Tezpur Lunatic Asylum reports 1877-1894 - 1877-1894
Year: 1877
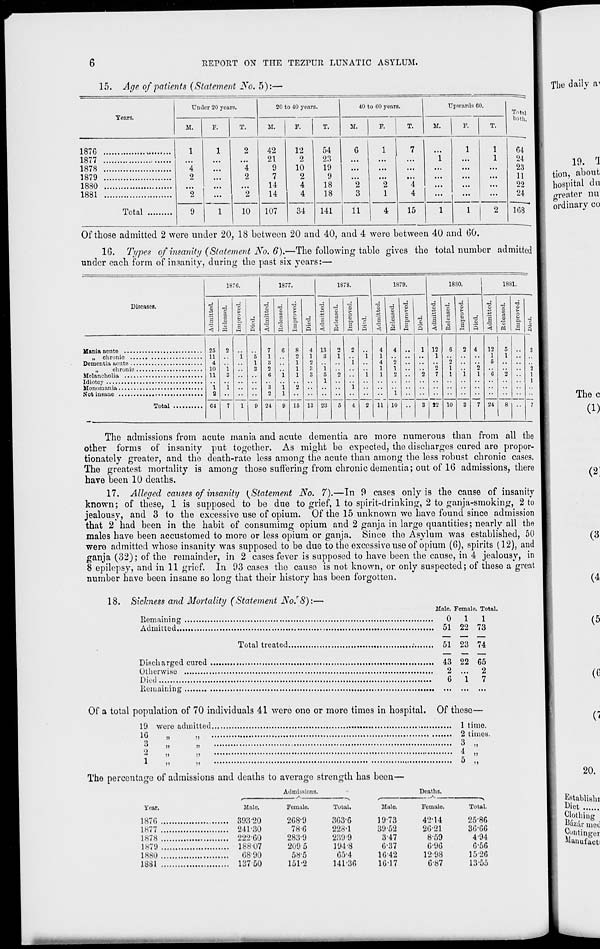
6
REPOKT ON THE TEZrUR LUNATIC ASYLUM.
15. Age of patients (Statement No. 5):-
Tears.
Under 20 years.
20 to 40 years.
40 to 00 years.
Upwards 60.
Tntnl
M.
F.
T.
M.
F.
T.
M.
F.
T.
M.
F.
T.
both.
187G
1
'*4
2
"2
1
i 1
2
"4
2
"2
42
21
9
7
14
14
11 1
2
10
2
4
4
54
23
19
9
18
18
G
2
3
"2
1
"4
4
...
1
1
1
1
64
1877
1878
1879
24
23
11
1880
1881 . ,
Total
22
24
9
10
107
34
141
11
4
15
1
1
2
168
The daily a^
Of those admitted 2 were under 20, 18 between 20 and 40, and 4 were between 40 and 00.
10. Types of insanity (Statement No. 6).—The following table gives the total number admitted
under each form of insanity, during the past six years:—
18 76.
1877.
1878.
1879.
1880.
1881.
Diseases.
3
<
d
d
>
o u
e.
5
d
d
3
<
d
a
d
>
0
Pi
a
H
d
S
■3
a
d
•3
k
O
a 0
d
V <
d
a
Pi
d 1
> 0 u &
a
M
d
s
d
1
<
5
pi
d
0
&
a S
d
a
•a
d
S
0
"3
O
t>
0
a
d
3
25
11
4
10
11
i
2
64
2
'i
3
'i
7
i
l
"5
1
3
9
7
1
8
2
6
*3
2
24
6
i
i
1
9
8
1
1
1
'2
15
4
1
2
3
3
13
13
3
i
5
1
23
2
1
2
5
2
i
1
4
i
i
2
4
1
4
1
1
11
4
*2
1
2
1
10
••
;
2
3
12
1
2
7
22
6
2
1
1
10
2
i
3
4
'2
1
7
12
1
5
"a
24
5
1
2
8
3
2
1
Idiotcy
1
7
The admissions from acute mania and acute dementia are more numerous than from all the
other forms of insanity put together. As might be expected, the discharges cured are propor-
tionately greater, and the death-rate less among the acute than among the less robust chronic cases.
The greatest mortality is among those suffering from chronic dementia; out of 10 admissions, there
have been 10 deaths.
17. Alleged causes of insanity (Statement No. 7).—In 9 cases only is the cause of insanity
known; of these, 1 is supposed to be due to grief, 1 to spirit-drinking, 2 to ganja-smoking, 2 to
jealousy, and 3 to the excessive use of opium. Of the 15 unknown we have found since admission
that 2 had been in the habit of consumimg opium and 2 ganja in large quantities; nearly all the
males have been accustomed to more or less opium or ganja. Since tho Asylum was established, 50
were admitted whose insanity was supposed to be due to the excessive use of opium (0), spirits (12), and
ganja (32); of the remainder, in 2 cases fever is supposed to have been the cause, in 4 jealousy, in
8 epilepsy, and in 11 grief. In 93 cases tho cause is not known, or only suspected; of these a great
number have been insane so long that their history has been forgotten.
18. Sichiess and Mortality (Statement No. e 8):—
Remaining
Male. Female. Total.
0 1 1
Admitted
51 22 73
Total treated
.<
51 23 74
Discharged cured
43 22 65
Otherwise
2 ... 2
Diet]
6 17
Remaining
Of a total population of 70 individuals 41 were one or more times in hospital. Of these—
19 were admitted
1 time.
16
„
,,
2 times.
3
»
»
3
*>
4
1
11
11
••
«••
o
!)
>!
Tho percentage of admissions and deaths to average strength has been-
Ynar.
Male.
1876
39320
1H77
241-30
1878
222*60
1879
18807
1880
68-90
1881
13750
Admissions.
Deaths.
Female.
Total.
Male.
Female.
Total.
208-9
363-6
19-73
42*14
25-86
78 6
228-1
39-52
26-21
36-66
283-9
239 9
3-47
8-59
4-94
209 5
194-8
6-37
6-96
6-56
58-5
65-4
16-42
12-98
1526
151-2
141-36
16-17
6-87
13-55
19. a
tion, about
hospital du
greater nu
ordinary co
(3
(4
(5
(G
('
20.
Establish!
Diet
Clothing
"fear moc
C"iitinger
Manufaoti